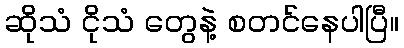
ဆိုသံ ငိုသံ တွေနဲ့ စတင်နေပါပြီ။